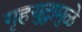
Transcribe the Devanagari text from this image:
गृहयुद्धामुळे